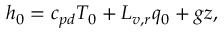
h _ { 0 } = c _ { p d } T _ { 0 } + L _ { v , r } q _ { 0 } + g z ,